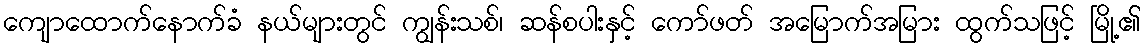
ကျောထောက်နောက်ခံ နယ်များတွင် ကျွန်းသစ်၊ ဆန်စပါးနှင့် ကော်ဖတ် အမြောက်အမြား ထွက်သဖြင့် မြို့၏